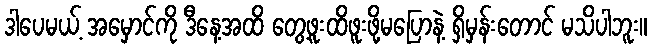
ဒါပေမယ့် အမှောင်ကို ဒီနေ့အထိ တွေ့ဖူးထိဖူးဖို့မပြောနဲ့ ရှိမှန်းတောင် မသိပါဘူး။